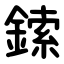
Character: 鎍